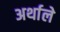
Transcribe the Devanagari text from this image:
अर्थाले